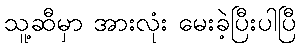
သူ့ဆီမှာ အားလုံး မေးခဲ့ပြီးပါပြီ